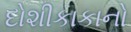
દોશીકાકાનો